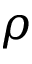
\rho